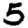
Digit: 5